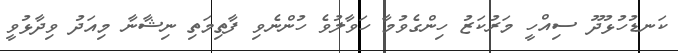
ކަނޑުހުޅުދޫ ސިއްހީ މަރުކަޒު ހިންގެވުމާ ހަވާލުވެ ހުންނެވި ފާތިމަތި ނިޝާނާ މިއަދު ވިދާޅުވީ